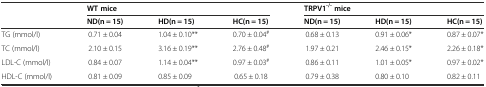
<table><thead><tr><td></td><td colspan="3"><b>WT mice</b></td><td colspan="3"><b>TRPV1<sup>-/-</sup>mice</b></td></tr><tr><td></td><td><b>ND(n = 15)</b></td><td><b>HD(n = 15)</b></td><td><b>HC(n = 15)</b></td><td><b>ND(n = 15)</b></td><td><b>HD(n = 15)</b></td><td><b>HC(n = 15)</b></td></tr></thead><tbody><tr><td>TG (mmol/l)</td><td>0.71 ± 0.04</td><td>1.04 ± 0.10**</td><td>0.70 ± 0.04<sup>#</sup></td><td>0.68 ± 0.13</td><td>0.91 ± 0.06*</td><td>0.87 ± 0.07*</td></tr><tr><td>TC (mmol/l)</td><td>2.10 ± 0.15</td><td>3.16 ± 0.19**</td><td>2.76 ± 0.48<sup>#</sup></td><td>1.97 ± 0.21</td><td>2.46 ± 0.15*</td><td>2.26 ± 0.18*</td></tr><tr><td>LDL-C (mmol/l)</td><td>0.84 ± 0.07</td><td>1.14 ± 0.04**</td><td>0.97 ± 0.03<sup>#</sup></td><td>0.86 ± 0.11</td><td>1.01 ± 0.05*</td><td>0.97 ± 0.02*</td></tr><tr><td>HDL-C (mmol/l)</td><td>0.81 ± 0.09</td><td>0.85 ± 0.09</td><td>0.65 ± 0.18</td><td>0.79 ± 0.38</td><td>0.80 ± 0.10</td><td>0.82 ± 0.11</td></tr></tbody></table>